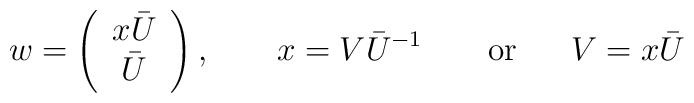
w =\left(\begin{array}{c}x \bar{U} \\\bar{U}\end{array}\right),~~~~~~ x = V \bar{U}^{-1}~~~~~~{\rm or}~~~~~V = x \bar{U}